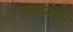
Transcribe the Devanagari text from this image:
लम्बर्जेक